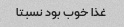
غذا خوب بود نسبتا